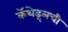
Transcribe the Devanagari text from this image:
कॅथेड्र्लची